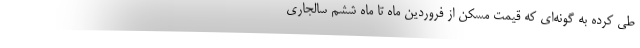
طی کرده به گونه‌ای که قیمت مسکن از فروردین ماه تا ماه ششم سالجاری